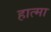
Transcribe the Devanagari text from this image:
हात्मा